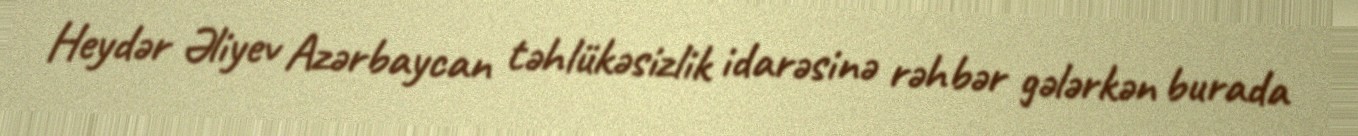
Heydər Əliyev Azərbaycan təhlükəsizlik idarəsinə rəhbər gələrkən burada